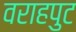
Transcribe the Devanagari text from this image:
वराहपुट